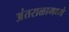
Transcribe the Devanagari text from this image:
अंतराळामध्ये